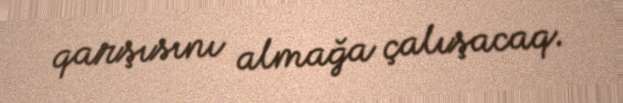
qarşısını almağa çalışacaq.